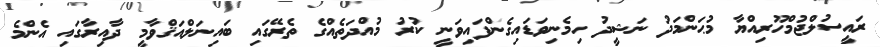
ރައީސުލްޖުމްހޫރިއްޔާ މުޙަންމަދު ނަޝީދު ހިމެނިވަޑައިގެންފައިވަނީ ކުރު މުއްދަތެއްގެ ތެރޭގައި ބައިނަލްއަޤްވާމީ ދާއިރާގައި އެންމެ